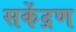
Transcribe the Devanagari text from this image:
सकेंद्रण